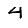
Digit: 4